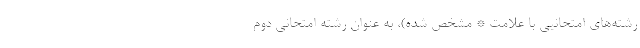
رشته‌های امتحانیی با علامت * مشخص شده)، به عنوان رشته امتحانی دوم